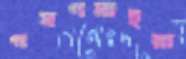
গমগমাইয়া